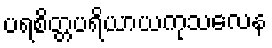
ပရစိတ္တပရိယာယကုသလေန